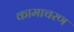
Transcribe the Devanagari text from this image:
कामाचरण